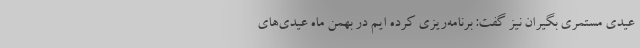
عیدی مستمری بگیران نیز گفت: برنامه‌ریزی کرده ایم در بهمن ماه عیدی‌های